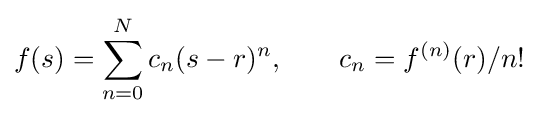
f(s)=\sum _{n=0}^{N}c_{n}(s-r)^{n},\qquad c_{n}=f^{(n)}(r)/n!